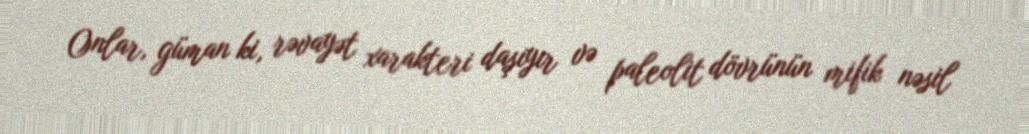
Onlar, güman ki, rəvayət xarakteri daşıyır və paleolit dövrünün mifik nəsil